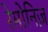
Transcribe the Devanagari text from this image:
रेमोनिज़